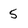
Character: 5